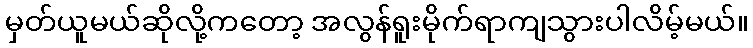
မှတ်ယူမယ်ဆိုလို့ကတော့ အလွန်ရူးမိုက်ရာကျသွားပါလိမ့်မယ်။